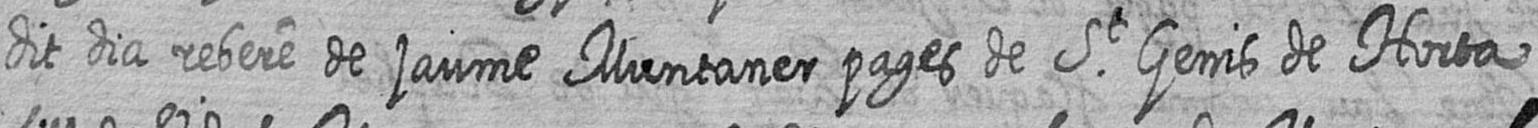
dit dia rebere de jaume Muntaner pages de St Genis de Horta